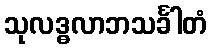
သုလဒ္ဓလာဘသင်္ခါတံ